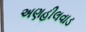
અણહીલવાડ